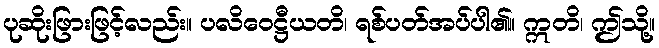
ပုဆိုးဖြားဖြင့်လည်း။ ပလိဝေဋ္ဌီယတိ၊ ရစ်ပတ်အပ်ပါ၏။ ဣတိ၊ ဤသို့။